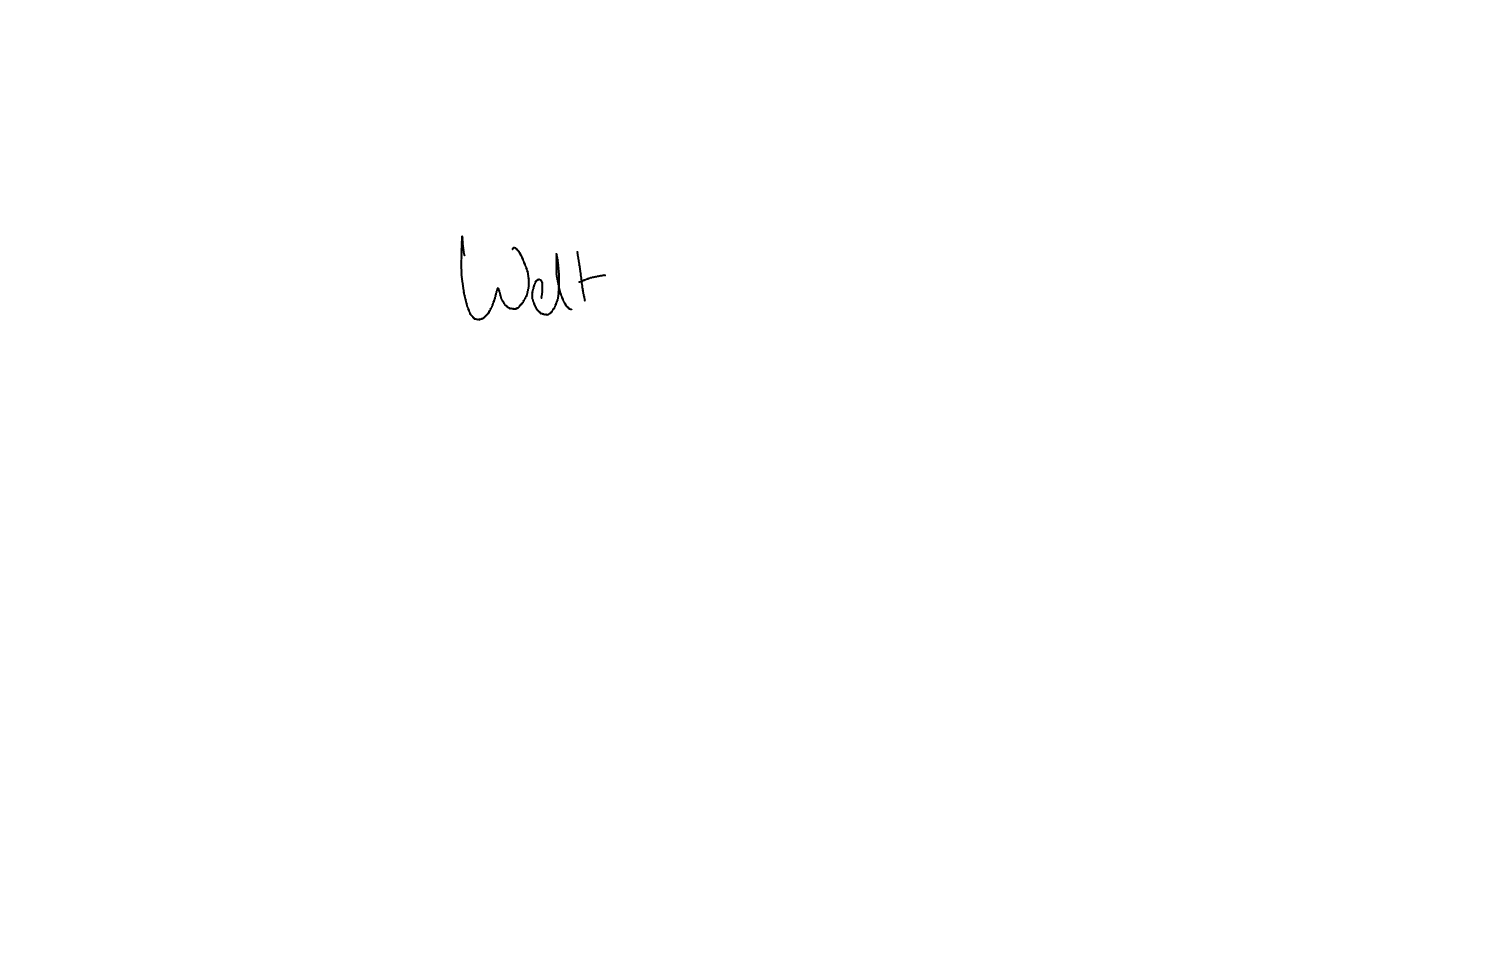
Text: Welt